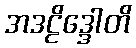
အဒဠိဒ္ဒေါတိ